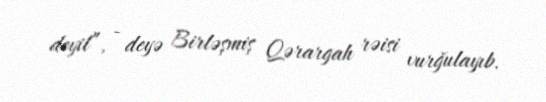
deyil”, - deyə Birləşmiş Qərargah rəisi vurğulayıb.